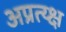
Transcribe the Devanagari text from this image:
अप्रत्य्क्ष